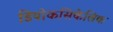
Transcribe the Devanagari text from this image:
डियोकसिकेलिक